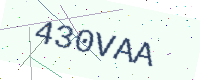
Text: 430VAA